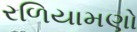
રળિયામણો